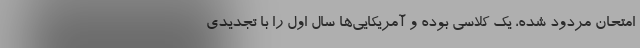
امتحان مردود شده، یک کلاسی بوده و آمریکایی‌ها سال اول را با تجدیدی